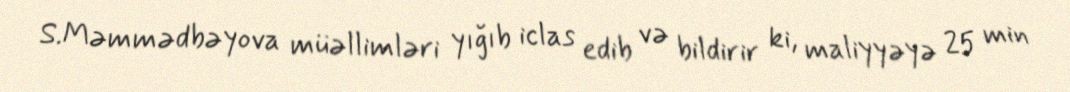
S.Məmmədbəyova müəllimləri yığıb iclas edib və bildirir ki, maliyyəyə 25 min